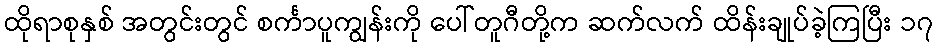
ထိုရာစုနှစ် အတွင်းတွင် စင်္ကာပူကျွန်းကို ပေါ်တူဂီတို့က ဆက်လက် ထိန်းချုပ်ခဲ့ကြပြီး ၁၇